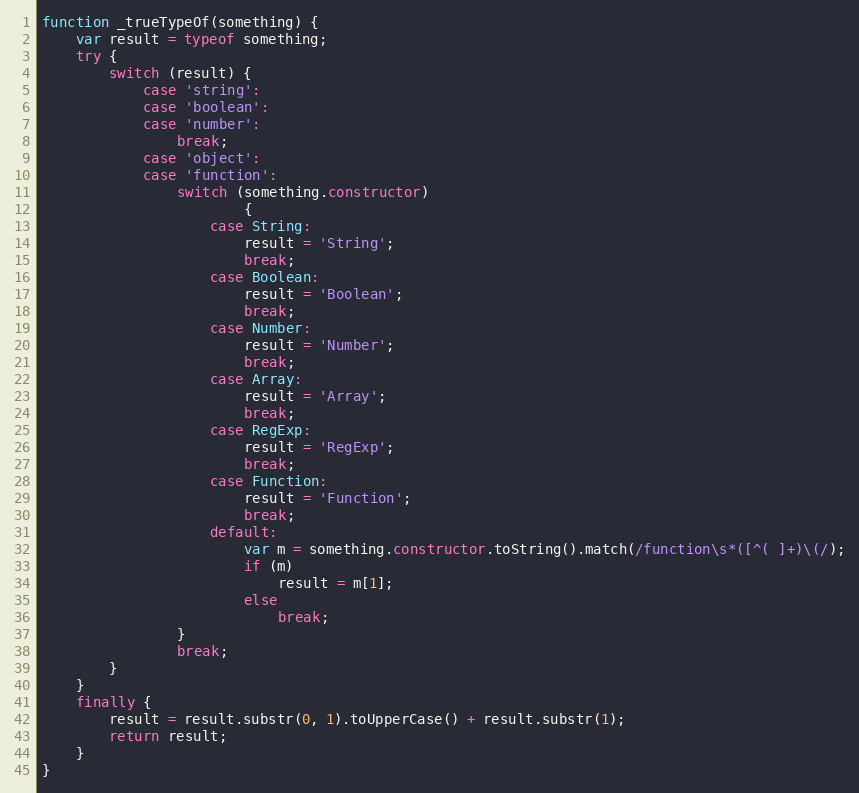
Language: JavaScript
function _trueTypeOf(something) {
    var result = typeof something;
    try {
        switch (result) {
            case 'string':
            case 'boolean':
            case 'number':
                break;
            case 'object':
            case 'function':
                switch (something.constructor)
                        {
                    case String:
                        result = 'String';
                        break;
                    case Boolean:
                        result = 'Boolean';
                        break;
                    case Number:
                        result = 'Number';
                        break;
                    case Array:
                        result = 'Array';
                        break;
                    case RegExp:
                        result = 'RegExp';
                        break;
                    case Function:
                        result = 'Function';
                        break;
                    default:
                        var m = something.constructor.toString().match(/function\s*([^( ]+)\(/);
                        if (m)
                            result = m[1];
                        else
                            break;
                }
                break;
        }
    }
    finally {
        result = result.substr(0, 1).toUpperCase() + result.substr(1);
        return result;
    }
}